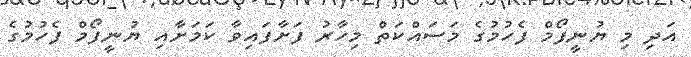
އަދި މި ޔުނީފޯމް ފެހުމުގެ މަސައްކަތް މިހާރު ފަށާފައިވާ ކަމަށާއި ޔުނީފޯޯމް ފެހުމުގެ